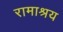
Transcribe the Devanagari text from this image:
रामाश्रय